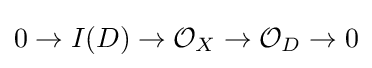
0\to I(D)\to {\mathcal {O}}_{X}\to {\mathcal {O}}_{D}\to 0